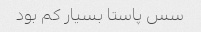
سس پاستا بسیار کم بود